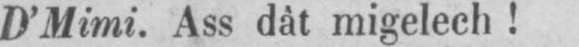
D’Mimi. Ass dât migelech!